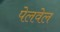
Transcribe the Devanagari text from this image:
पेलवेल